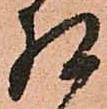
相